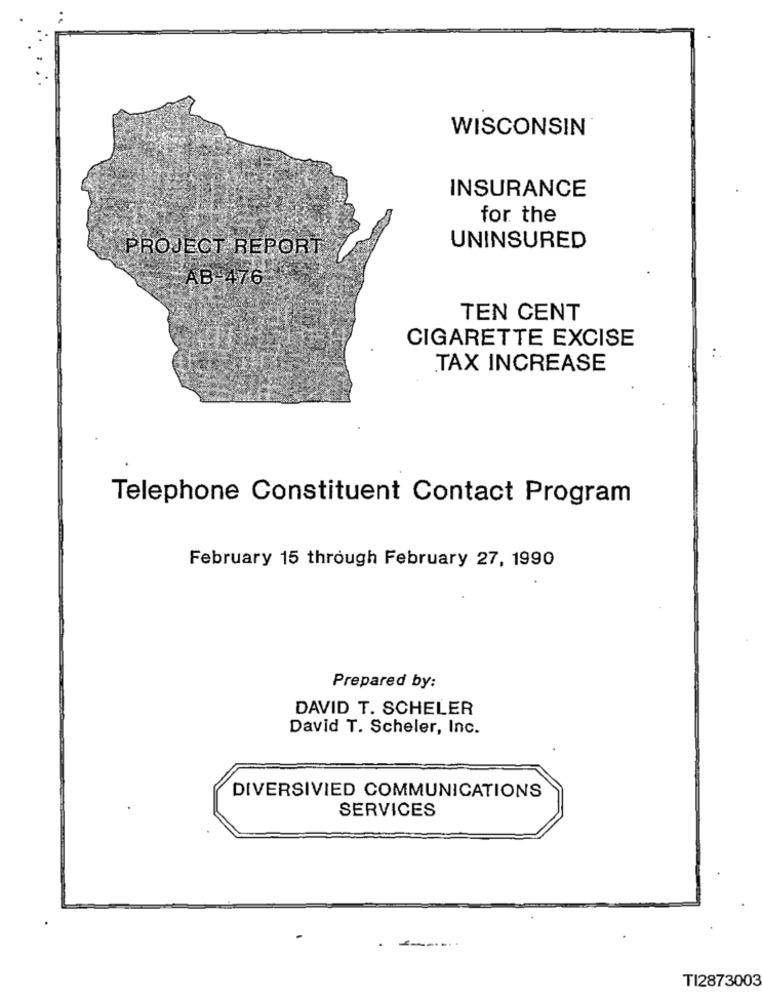
WISCONSIN
INSURANCE
for the
PROJECT REPORT
UNINSURED
AB-476
TEN CENT
CIGARETTE EXCISE
TAX INCREASE
Telephone Constituent Contact Program
February 15 through February 27, 1990
Prepared by:
DAVID T. SCHELER
David T. Scheler, Inc.
DIVERSIVIED COMMUNICATIONS
SERVICES
TI2873003